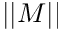
\left| \left| M \right| \right|